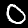
Label: 0